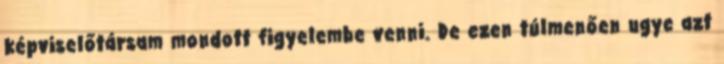
képviselőtársam mondott figyelembe venni. De ezen túlmenően ugye azt